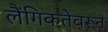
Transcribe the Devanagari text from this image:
लैंगिकतेवरून